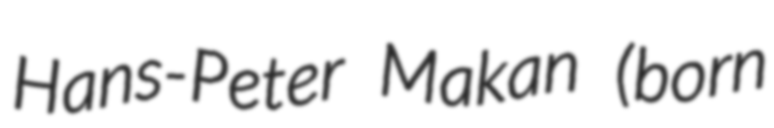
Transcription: Hans-Peter Makan (born